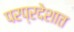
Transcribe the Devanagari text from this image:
परप्रदेशात